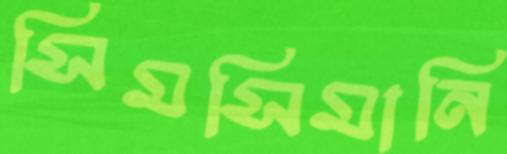
সিমসিমানি